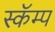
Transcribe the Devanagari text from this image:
स्कॅम्प